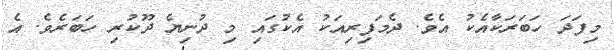
މިފަދަ ހަބަރަކާއެކު އެވެ. ދެމަފިރިއަކު އެކުގައި މި ދުނިޔެ ދޫކުރި ހަބަރެވެ. އެ